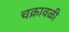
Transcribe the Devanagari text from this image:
चक्रावळी